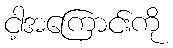
ငါ့အကြောင်းကို